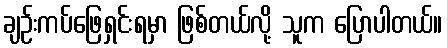
ချဉ်းကပ်ဖြေရှင်းရမှာ ဖြစ်တယ်လို့ သူက ပြောပါတယ်။